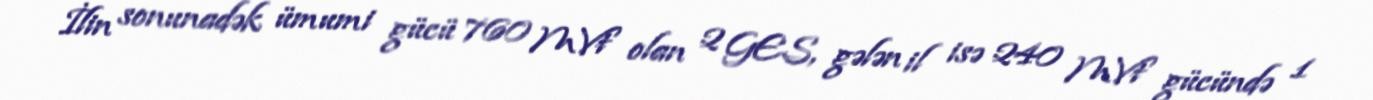
İlin sonunadək ümumi gücü 760 MVt olan 2 GES, gələn il isə 240 MVt gücündə 1